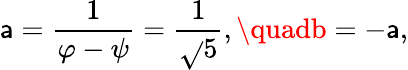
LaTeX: \mathsf{a}={\frac{{1}}{{\varphi-\psi}}}={\frac{{1}}{{\sqrt{}{{5}}}}},\quadb=-\mathsf{a},